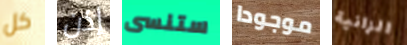
كل إذن ستنسى موجودا الزانية